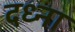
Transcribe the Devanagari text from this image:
दध्ना